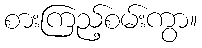
စားကြည့်စမ်းကွာ။